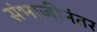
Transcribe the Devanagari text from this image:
संभाजीनंतर